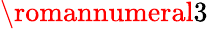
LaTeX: \romannumeral 3